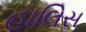
હાલિસ